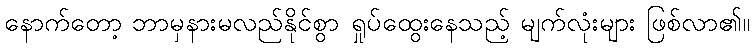
နောက်တော့ ဘာမှနားမလည်နိုင်စွာ ရှုပ်ထွေးနေသည့် မျက်လုံးများ ဖြစ်လာ၏။